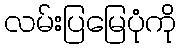
လမ်းပြမြေပုံကို